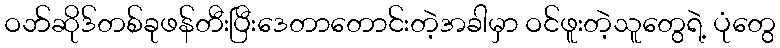
ဝဘ်ဆိုဒ်တစ်ခုဖန်တီးပြီးဒေတာတောင်းတဲ့အခါမှာ ဝင်ဖူးတဲ့သူတွေရဲ့ ပုံတွေ